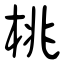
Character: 桃